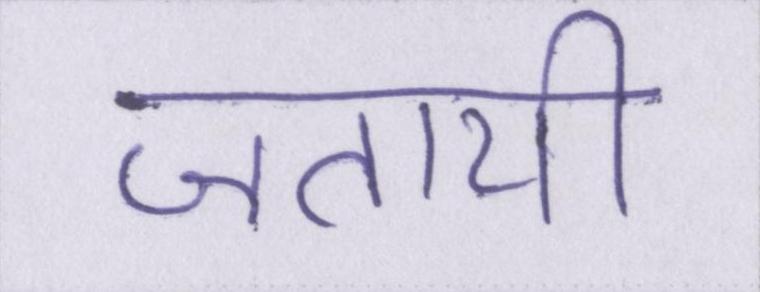
जतायी